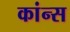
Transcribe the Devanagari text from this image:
कांन्स